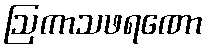
ဩကာသဖရဏော